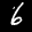
Label: 6